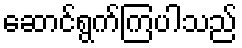
ဆောင်ရွက်ကြပါသည်